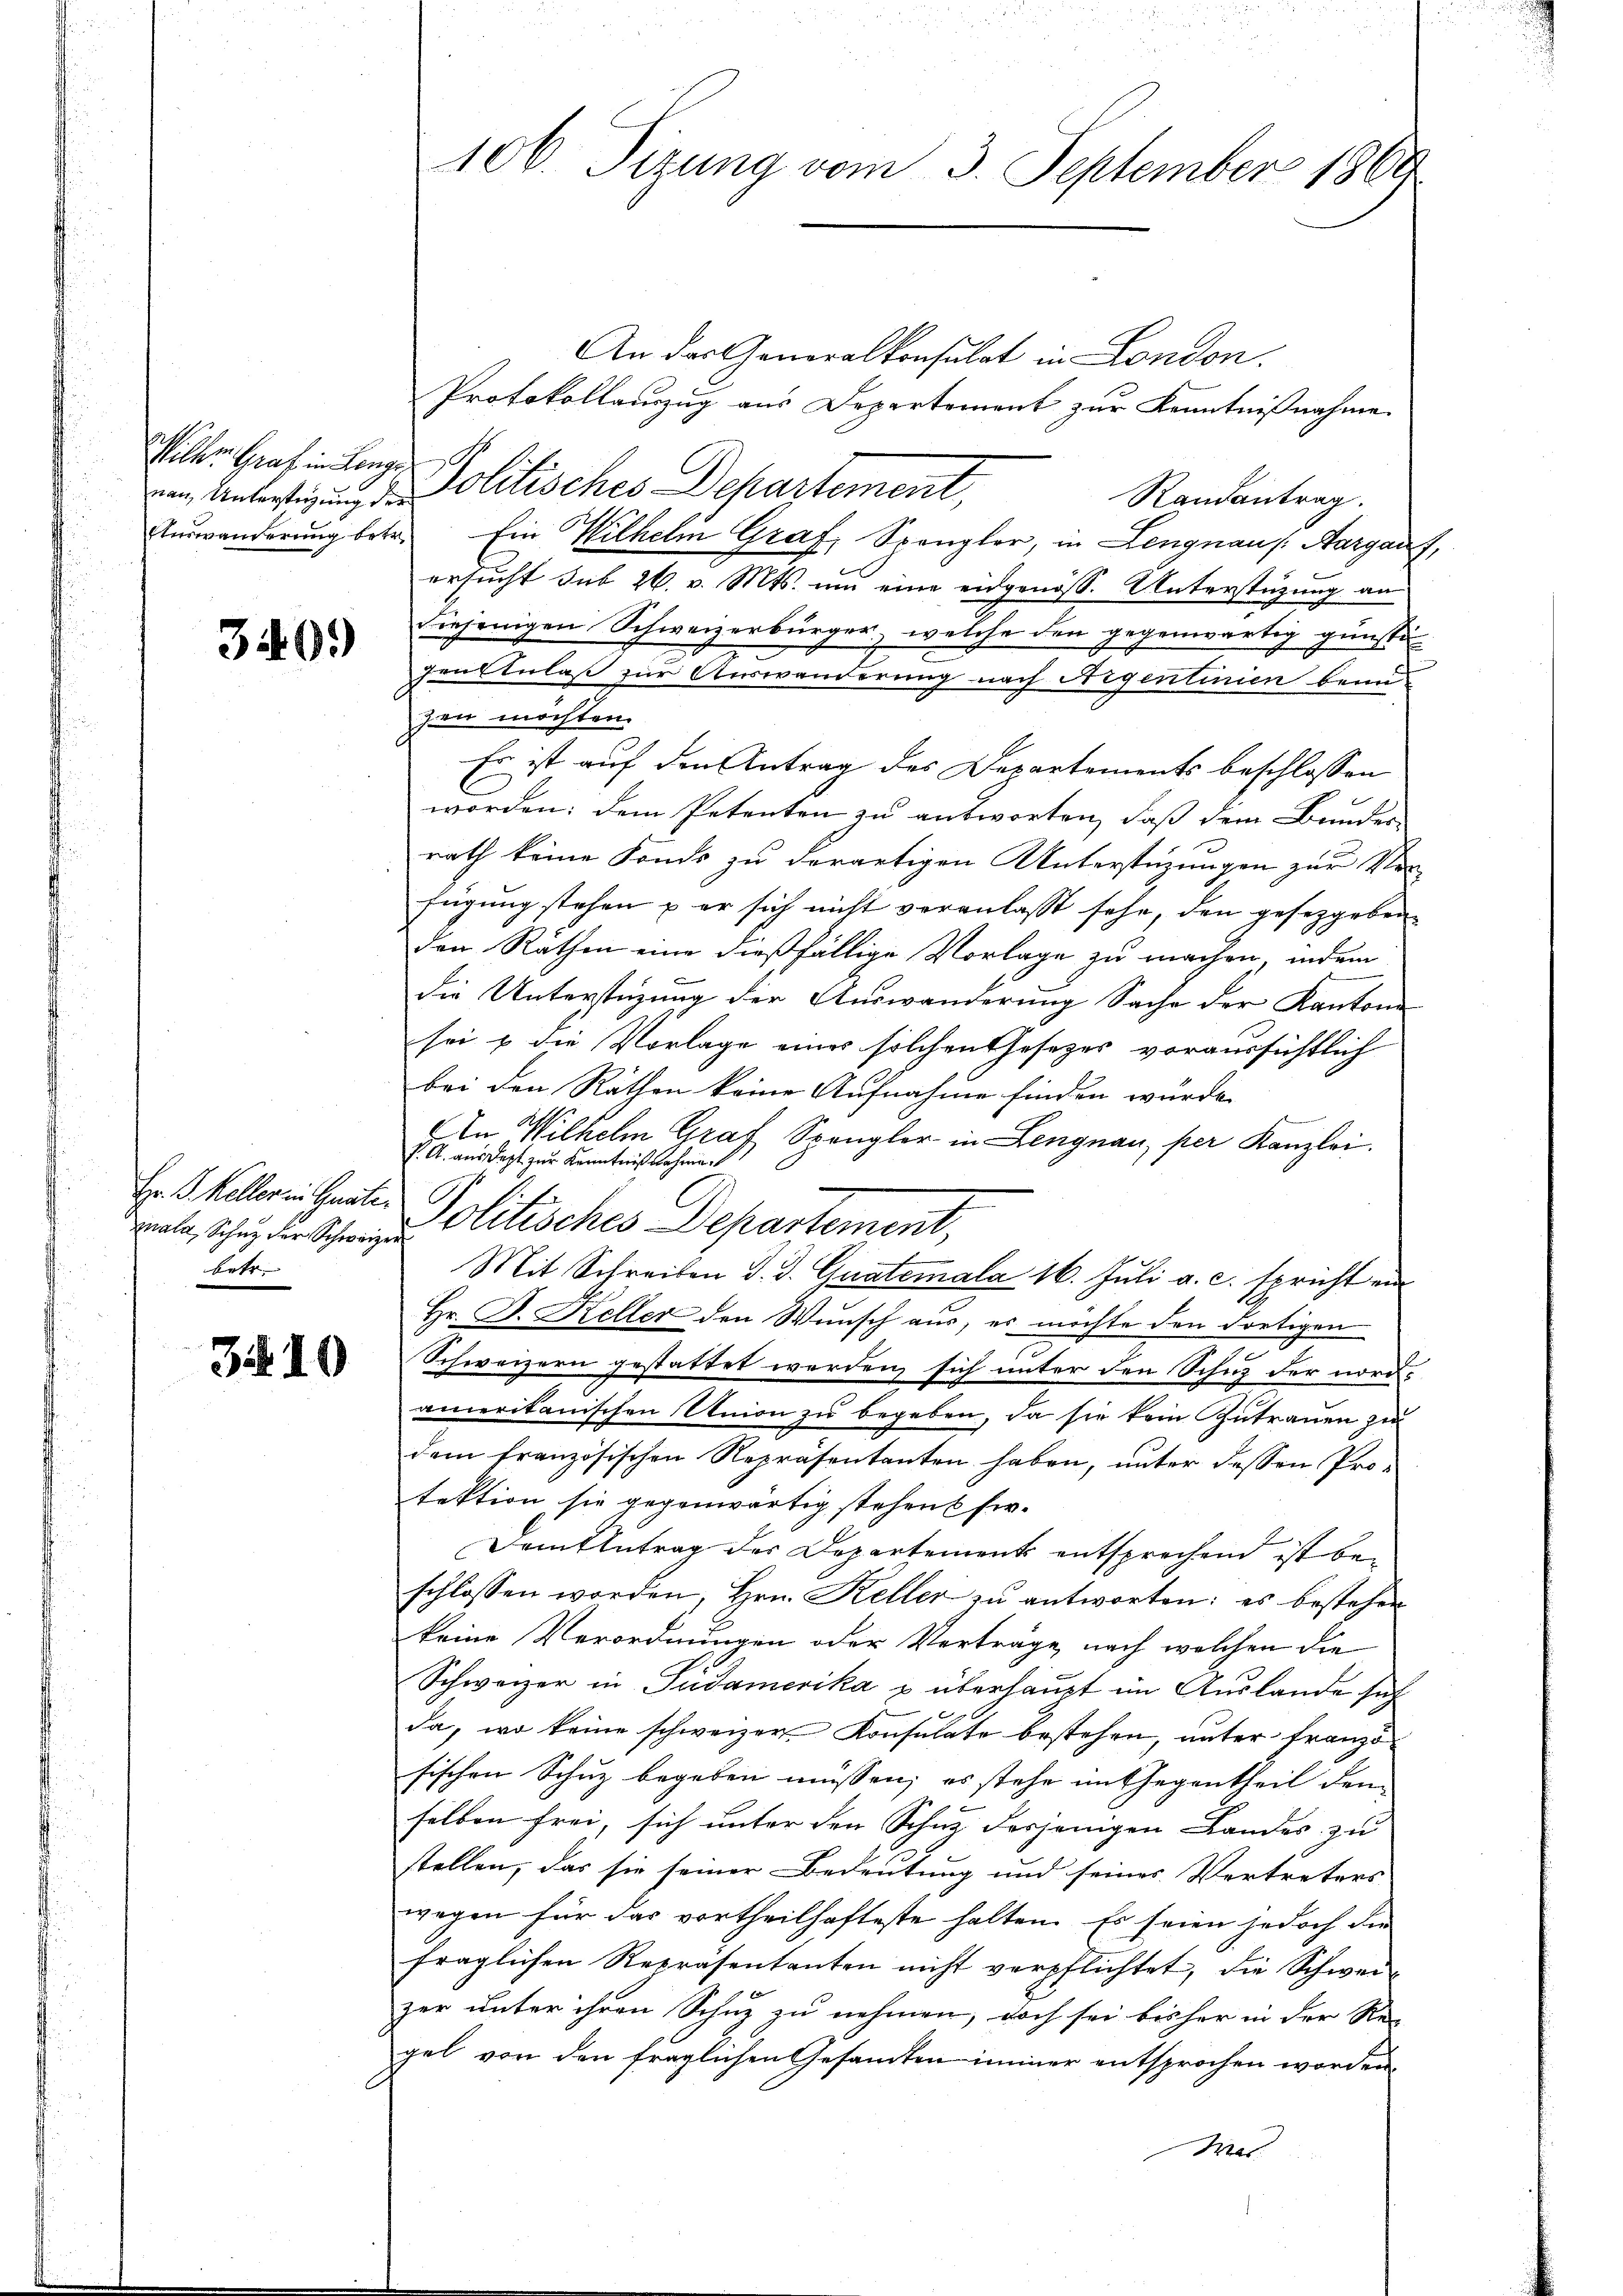
Wilten Graf in Lange

340.

Hr. P. Keller in Gratipala, Schutz der Schweizer
betr.

3410

An der Generalkonsulat in London.
Protokollauszug aus Departement zur Kenntnißnahme
ven Anfertigung d. Politisches Departement,
Randantrag.
Auswanderŭng betr. Ein Wilhelm Graf, Spengler, in Lengnau s. Aargauf,
ersucht sub 26. v. Mts. um eine eidgenöss. Unterstützung an
diejenigen Schweizerbürger, welche den gegenwärtig günsti
gen Anlaß zur Auswanderung nach Aigentinien beim
zen möchten.
Es ist auf den Antrag des Departements beschlossen
worden; dem Petenten zu antworten, daß dem Bunder
rath keine Fonds zu derartigen Unterstüzungen zur Vor-
fügung stehen u er sich nicht veranlasst sehe, den gesetzgeben
den Räthen eine dießfällige Vorlage zu machen, indem
die Unterstüzung der Auswanderung Sache der Kantone
sei & die Vorlage einer solchen Gesetzes voraussichtlich
bei den Räthen keine Aufnahme finden würde.
An Wilhelm Graf Spanglor in Lengnau, per Kanzlei.
P. A. aus dest zur Kenntnißnahmen
Politisches Departement,
Mit Schreiben d. d. Guatemala 16. Juli a. c. spricht ein
Hr. J. Keller den Wunsch aus, es möchte den dortigen
Schweizern gestattet werden, sich unter den Schuz der nordamerikanischen Union zu begeben, da sie kein Zutrauen zu
dem französischen Repräsentanten haben, unter dessen Pro-
fektion sie gegenwärtig stehens her¬
Damtintrag des Departements entsprechend ist beschlossen worden, Hrn. Keller zŭ antworten: es bestehen
keine Verordnungen oder Verträge nach welchen die
Schweizer in Südamerika u überhaupt im Auslande sich
da, wo keine schweizer Konsulate bestehen, unter Franzöfischen Schuz begeben müssen; es stehe im Gegentheil den
selben frei, sich unter den Schuz derjenigen Landes zu
stellen, das sie seiner Bedeutung und seines Vertreters
wegen für das vortheilhafteste halten. Es seien jedoch die
fraglichen Repräsentanten nicht verpflichtet, die Schwei-
zer unter ihren Schuz zu nehmen, doch sei bisher in der Re-
gel von den fraglichen Gesamten immer entsprochen worden
Was

106. Sizung vom 3. September 1869